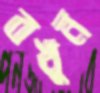
বখুন